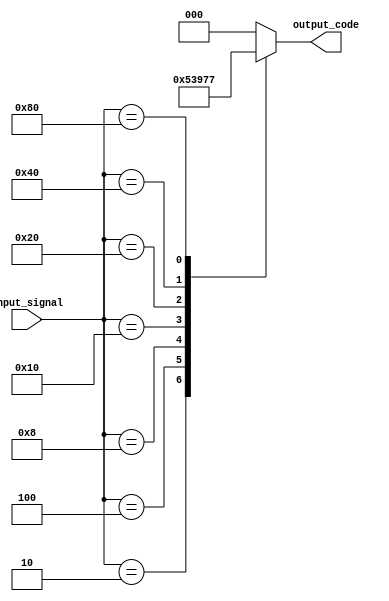
module encoder (
input [7:0] input_signal,
output reg [2:0] output_code
);

always @(*) begin
    case(input_signal)
        8'b00000001: output_code = 3'b000;
        8'b00000010: output_code = 3'b001;
        8'b00000100: output_code = 3'b010;
        8'b00001000: output_code = 3'b011;
        8'b00010000: output_code = 3'b100;
        8'b00100000: output_code = 3'b101;
        8'b01000000: output_code = 3'b110;
        8'b10000000: output_code = 3'b111;
        default: output_code = 3'b000; // default output
    endcase
end

endmodule